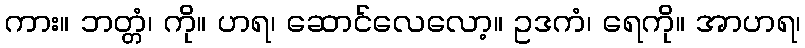
ကား။ ဘတ္တံ၊ ကို။ ဟရ၊ ဆောင်လေလော့။ ဥဒကံ၊ ရေကို။ အာဟရ၊